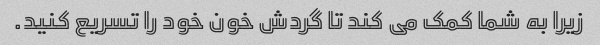
زیرا به شما کمک می کند تا گردش خون خود را تسریع کنید.